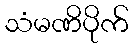
သံမဏိပိုက်